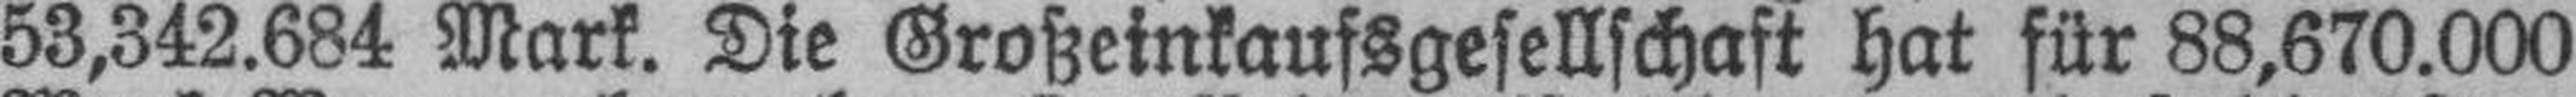
53,342.684 Mark. Die Großeinkaufsgesellschaft hat für 88,670.000